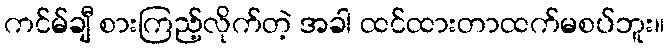
ကင်မ်ချီ စားကြည့်လိုက်တဲ့ အခါ ထင်ထားတာထက်မစပ်ဘူး။